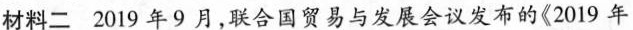
材料二 2019年9月，联合国贸易与发展会议发布的《2019年